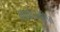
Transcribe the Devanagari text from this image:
मार्फोजेनेसिस